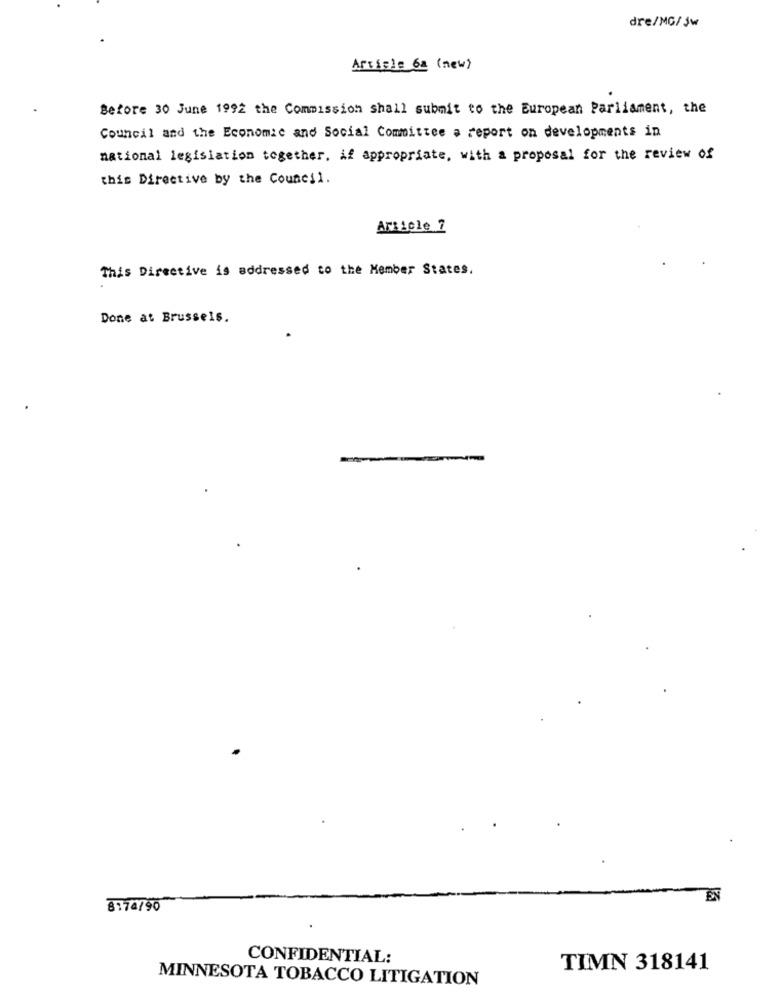
dre/MG/jw
Article 6a (new)
Before 30 June 1992 the Commission shall submit to the European Parliament, the
Council and the Economic and Social Committee a report on developments in
national legislation together, if appropriate, with a proposal for the review of
this Directive by the Council.
Article 7
This Directive is addressed to the Member States.
Done at Brussels.
8174/90
CONFIDENTIAL:
TIMN 318141
MINNESOTA TOBACCO LITIGATION